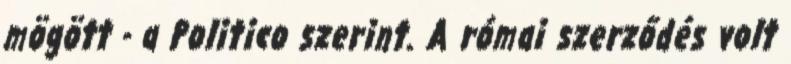
mögött - a Politico szerint. A római szerződés volt